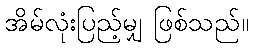
အိမ်လုံးပြည့်မျှ ဖြစ်သည်။